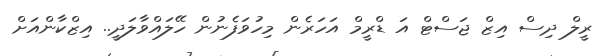
ރީލް ދިސް އިޒް ޖަސްޓް އަ ޑްރީމް އަހަރެން މިހުވަފެނުން ހޭލައްވާލަދީ.. އިޒްކާންއަށް